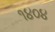
૧૪૦૪